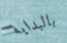
بالبداية